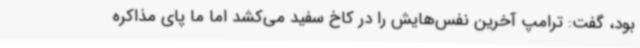
بود، گفت: ترامپ آخرین نفس‌هایش را در کاخ سفید می‌کشد اما ما پای مذاکره